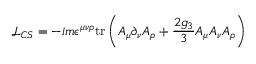
\mathcal { L } _ { C S } = - i m \epsilon ^ { \mu \nu \rho } \mathrm { t r } \left( A _ { \mu } \partial _ { \nu } A _ { \rho } + \frac { 2 g _ { 3 } } { 3 } A _ { \mu } A _ { \nu } A _ { \rho } \right)